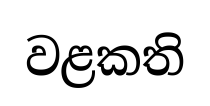
වළකති